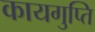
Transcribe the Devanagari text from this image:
कायगुप्ति